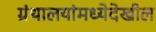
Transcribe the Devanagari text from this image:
ग्रंथालयांमध्येदेखील